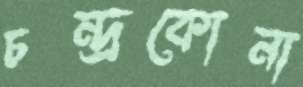
চন্দ্রকোনা